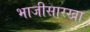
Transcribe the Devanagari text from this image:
भाजीसारखा